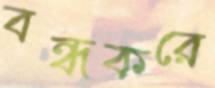
বন্ধকরে